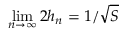
\operatorname* { l i m } _ { n \to \infty } 2 h _ { n } = 1 / { \sqrt { S } }